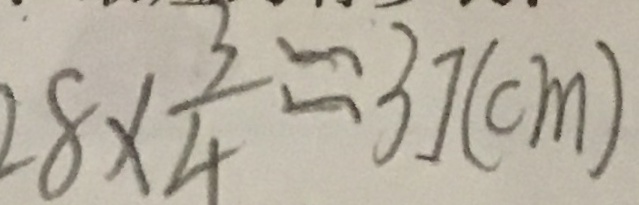
2 8 \times \frac { 3 } { 4 } = 3 7 ( c m )